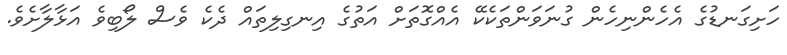
ހަށިގަނޑުގެ އެހެންނިހެން ގުނަވަންތަކެކޭ އެއްގޮތަށް އަތުގެ އިނގިލިތައް ދެކެ ވެސް ލޯބިވެ އަޅާލާށެވެ.